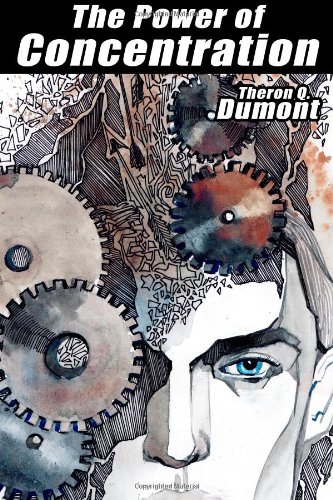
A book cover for The Power of Concentration; Theron Q. Dumont; Self-Help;